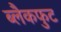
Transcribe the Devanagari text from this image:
ब्लैकफुट